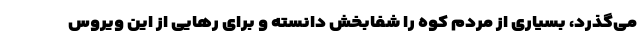
می‌گذرد، بسیاری از مردم کوه را شفابخش دانسته و برای رهایی از این ویروس